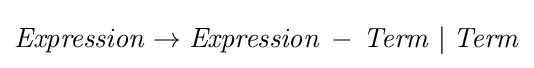
{\mathit {Expression}}\rightarrow {\mathit {Expression}}\,-\,{\mathit {Term}}\mid {\mathit {Term}}